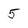
Character: 5